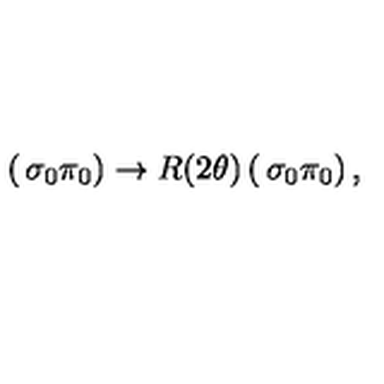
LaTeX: \left( \begin{matrix} { \sigma _ { 0 } } \\ { \pi _ { 0 } } \\ \end{matrix} \right) \rightarrow R ( 2 \theta ) \left( \begin{matrix} { \sigma _ { 0 } } \\ { \pi _ { 0 } } \\ \end{matrix} \right) ,